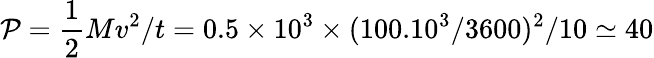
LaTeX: \mathcal{P}=\frac{{1}}{{2}}Mv^{2}/t=0.5\times10^{3}\times(100.10^{3}/3600)^{2}/10\simeq40